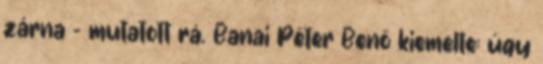
zárna – mutatott rá. Banai Péter Benő kiemelte: úgy